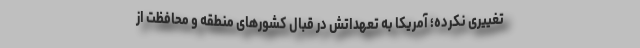
تغییری نکرده؛ آمریکا به تعهداتش در قبال کشورهای منطقه و محافظت از